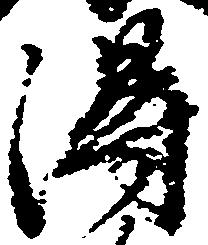
得